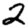
Digit: 2